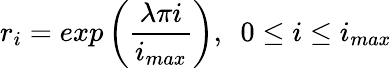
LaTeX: r_{i}=exp\left(\frac{\lambda\pi i}{i_{max}}\right),\ \ 0\leq i\leq i_{max}